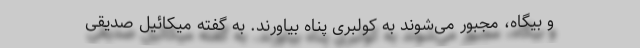
و بیگاه، مجبور می‌شوند به کولبری پناه بیاورند. به گفته میکائیل صدیقی